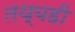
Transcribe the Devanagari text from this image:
तथ्यही